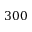
3 0 0